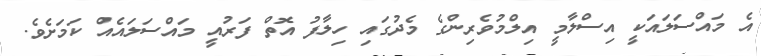
އެ މައްސަލައަކީ އިސްލާމީ އިލްމުވެރިންގެ މެދުގައި ހިލާފު އޮތް ފަރުއީ މައްސަލައެއް ކަމަށެވެ.